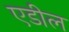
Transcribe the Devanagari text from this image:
एडील